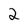
Character: 2